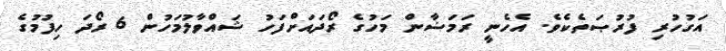
އަގުހުރި ފުރުޞަތެކެވެ. އެހެނީ ރަމަޟާން މަހުގެ ރޯދައަށްފަހު ޝައްވާލުމަހުން 6 ރޯދަ ހިފުމުގެ